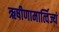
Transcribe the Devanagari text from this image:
ऋषीणामार्त्विज्यं